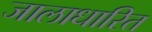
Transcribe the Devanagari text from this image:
जालाधारित